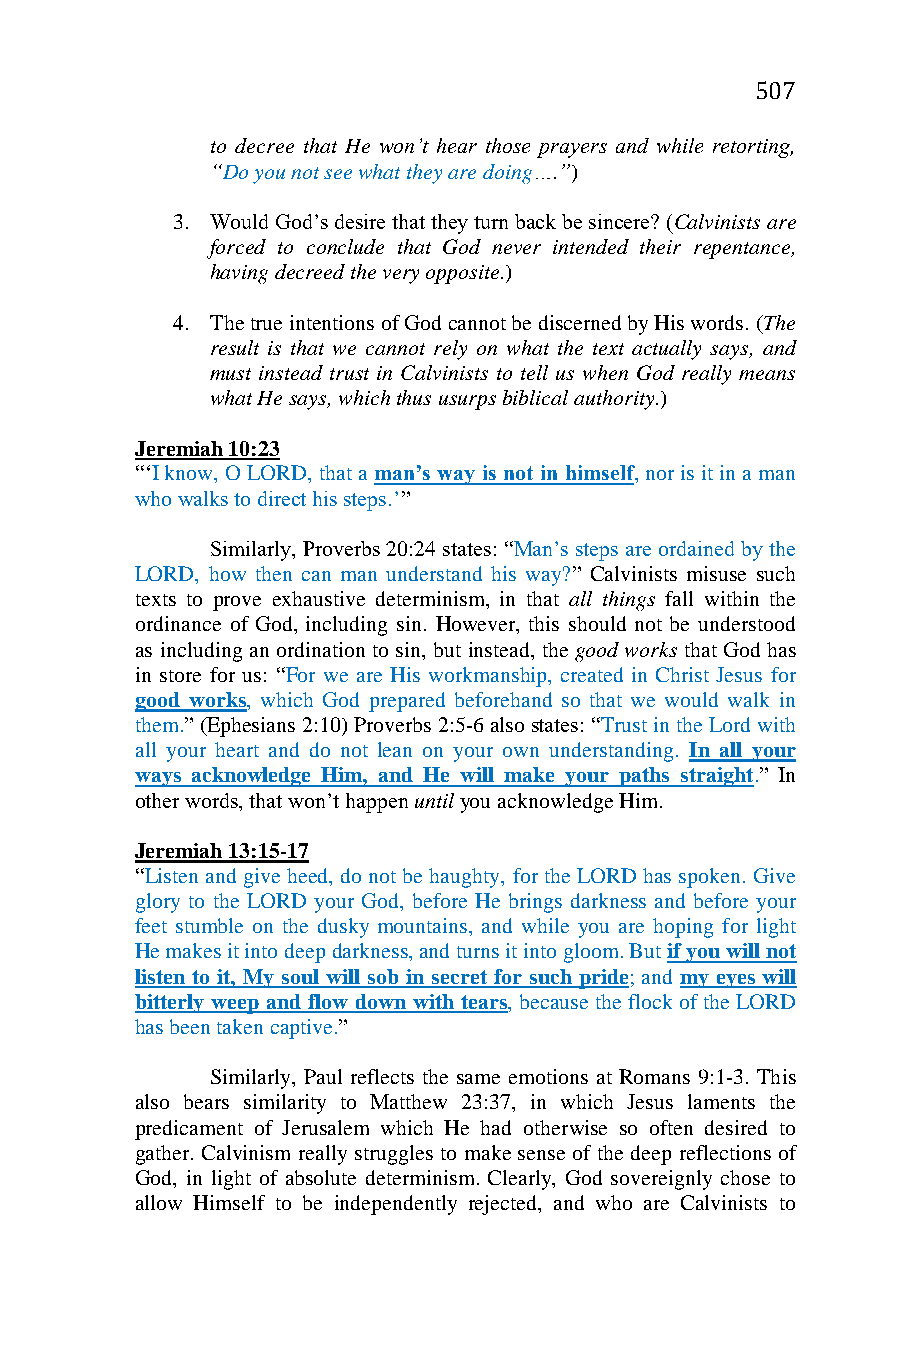
507
 to decree that He won’t hear those prayers and while retorting,
 “Do you not see what they are doing….”)
 3. Would God’s desire that they turn back be sincere? (Calvinists are
 forced to conclude that God never intended their repentance,
 having decreed the very opposite.)
 4. The true intentions of God cannot be discerned by His words. (The
 result is that we cannot rely on what the text actually says, and
 must instead trust in Calvinists to tell us when God really means
 what He says, which thus usurps biblical authority.)
 Jeremiah 10:23
 “‘I know, O LORD, that a man’s way is not in himself, nor is it in a man
 who walks to direct his steps.’”
 Similarly, Proverbs 20:24 states: “Man’s steps are ordained by the
 LORD, how then can man understand his way?” Calvinists misuse such
 texts to prove exhaustive determinism, in that all things fall within the
 ordinance of God, including sin. However, this should not be understood
 as including an ordination to sin, but instead, the good works that God has
 in store for us: “For we are His workmanship, created in Christ Jesus for
 good works, which God prepared beforehand so that we would walk in
 them.” (Ephesians 2:10) Proverbs 2:5-6 also states: “Trust in the Lord with
 all your heart and do not lean on your own understanding. In all your
 ways acknowledge Him, and He will make your paths straight.” In
 other words, that won’t happen until you acknowledge Him.
 Jeremiah 13:15-17
 “Listen and give heed, do not be haughty, for the LORD has spoken. Give
 glory to the LORD your God, before He brings darkness and before your
 feet stumble on the dusky mountains, and while you are hoping for light
 He makes it into deep darkness, and turns it into gloom. But if you will not
 listen to it, My soul will sob in secret for such pride; and my eyes will
 bitterly weep and flow down with tears, because the flock of the LORD
 has been taken captive.”
 Similarly, Paul reflects the same emotions at Romans 9:1-3. This
 also bears similarity to Matthew 23:37, in which Jesus laments the
 predicament of Jerusalem which He had otherwise so often desired to
 gather. Calvinism really struggles to make sense of the deep reflections of
 God, in light of absolute determinism. Clearly, God sovereignly chose to
 allow Himself to be independently rejected, and who are Calvinists to